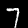
Digit: 7